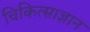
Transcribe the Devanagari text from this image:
चिकित्साज्ञान